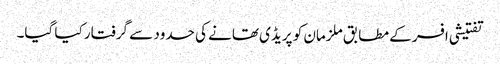
تفتیشی افسر کے مطابق ملزمان کو پریڈی تھانے کی حدود سے گرفتار کیا گیا۔